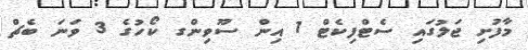
މާފުށި ޖަލުގައި ސެޓްފިކެޓް 1 އިން ސޫވިންގ ކޯހުގެ 3 ވަނަ ބެޗް